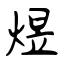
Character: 煜